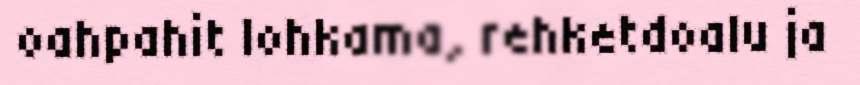
oahpahit lohkama, rehketdoalu ja